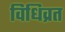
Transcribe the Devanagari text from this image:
विधिव्रत